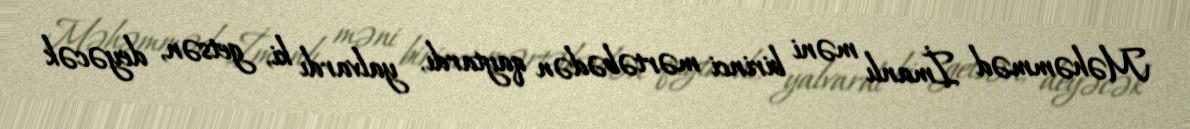
Məhəmməd İmanlı məni birinci mərtəbədən qaytardı, yalvardı ki, getsən, deyəcək